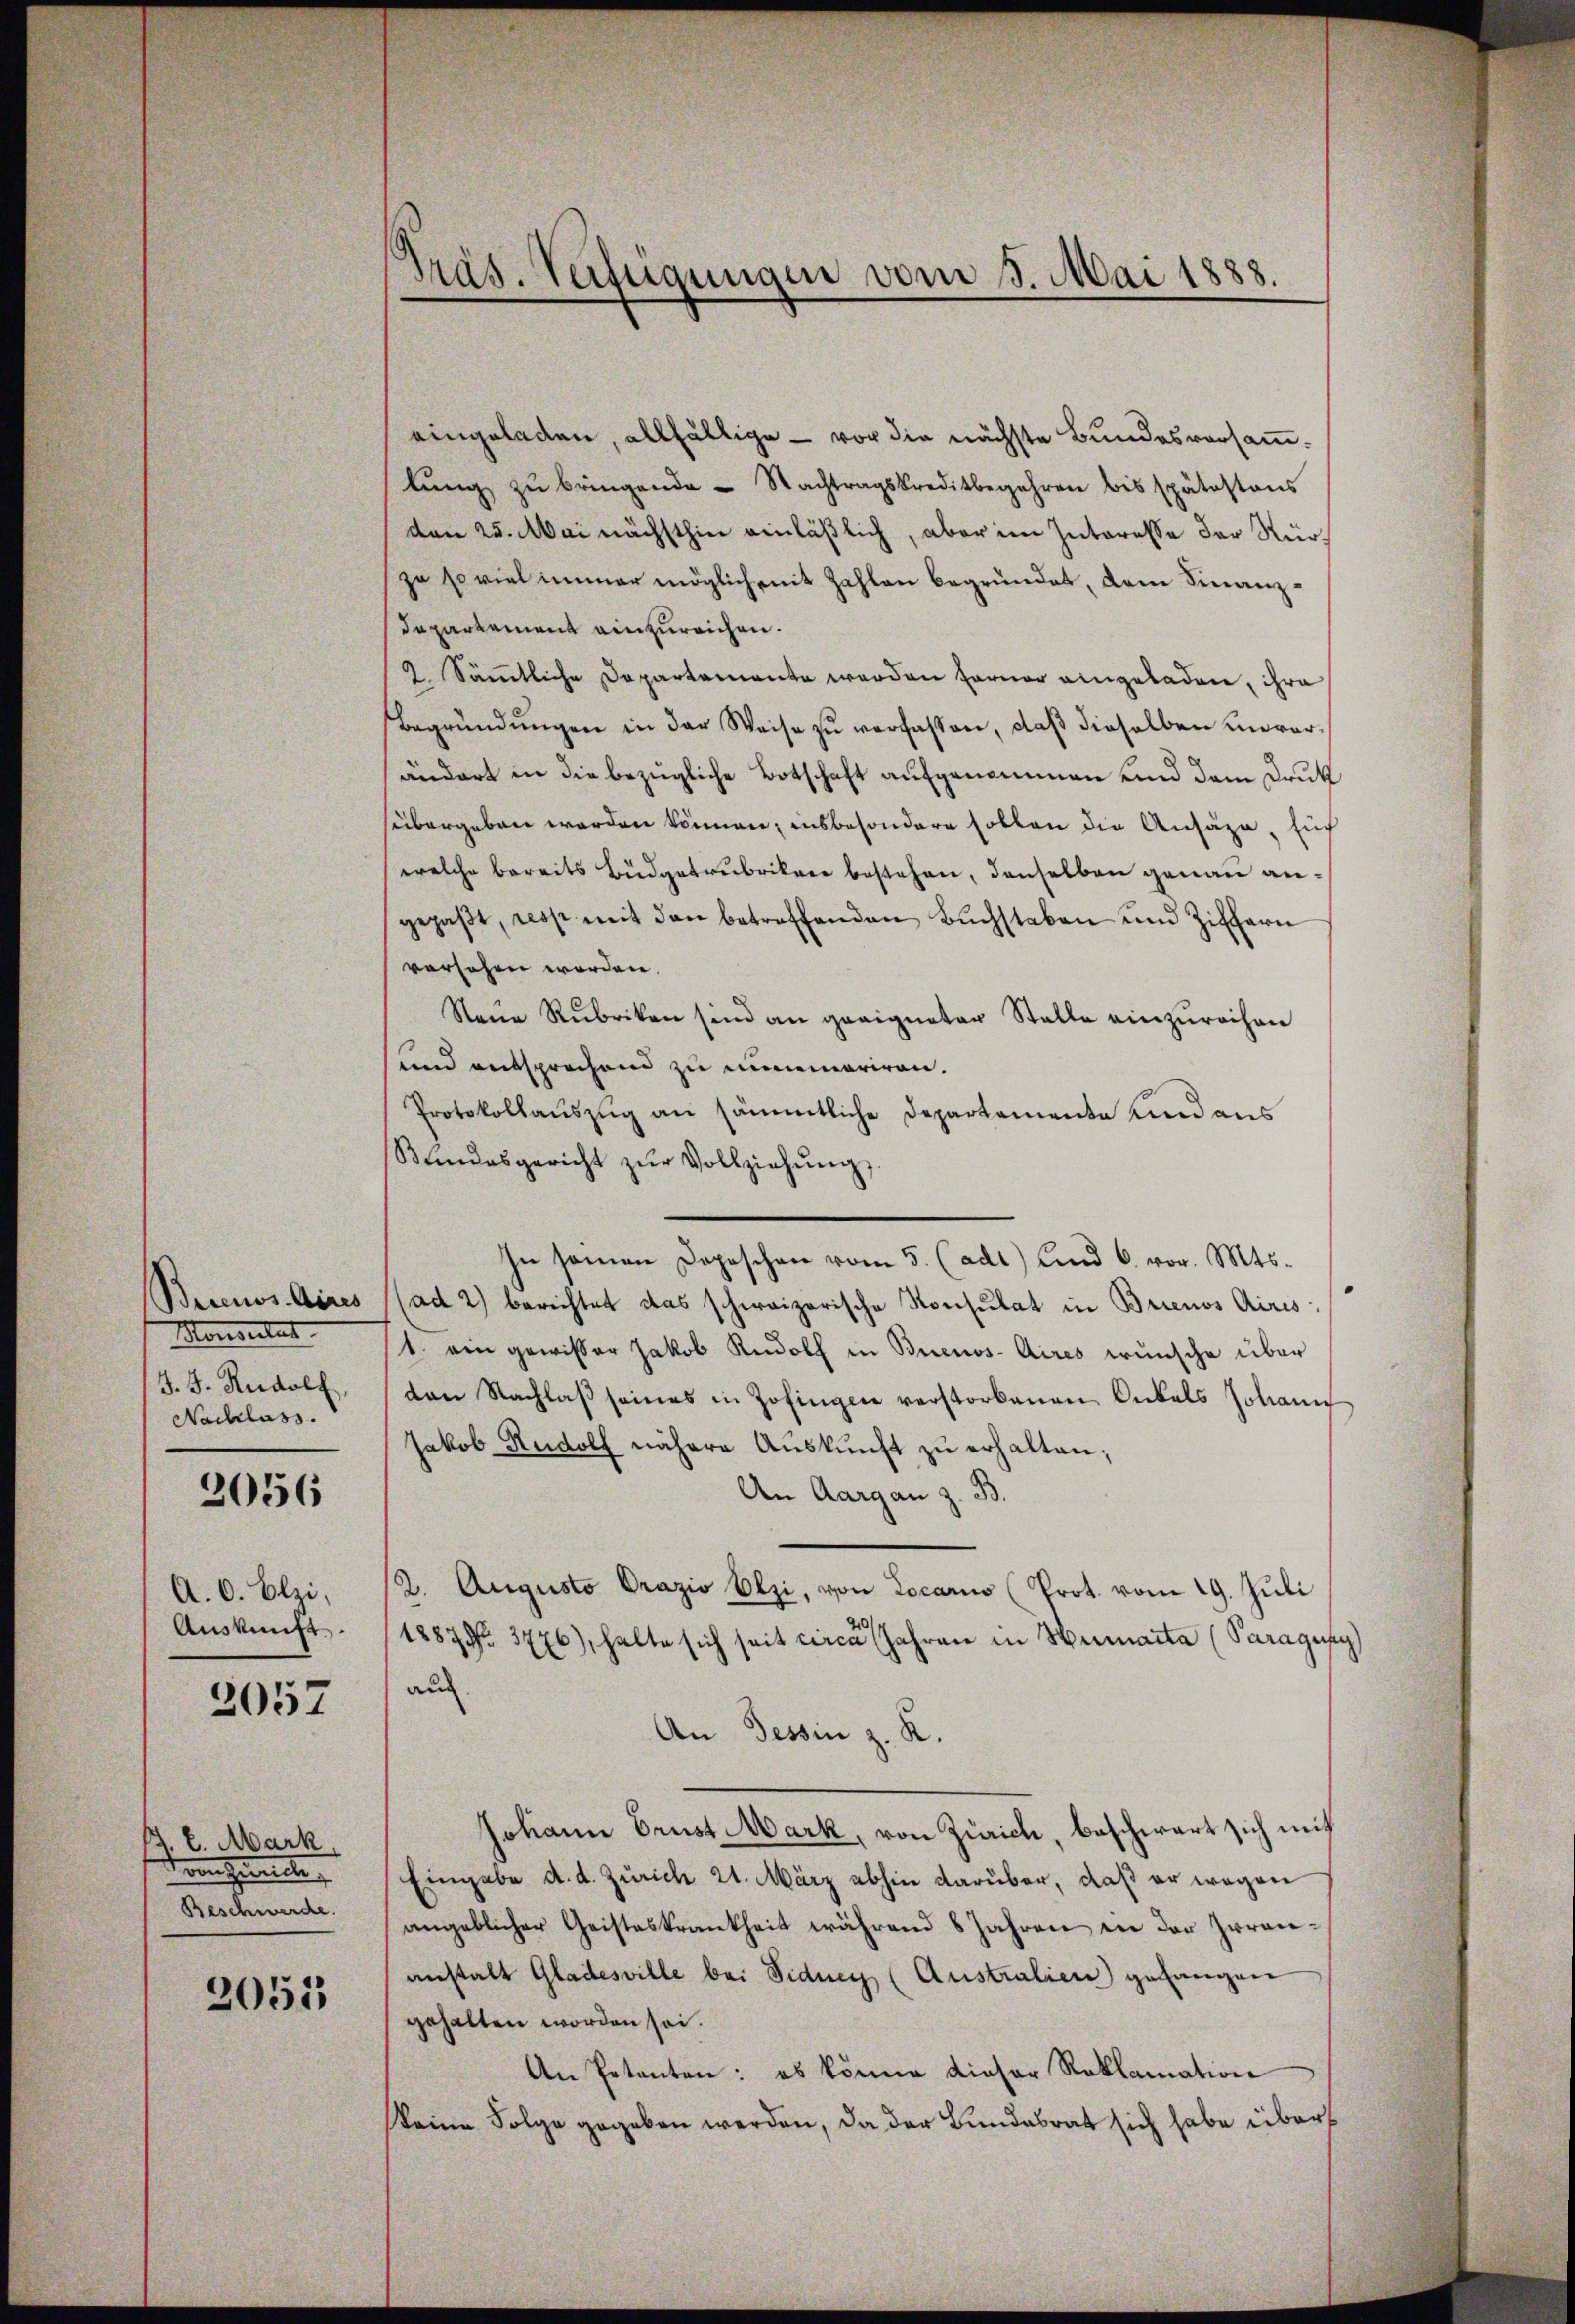
Monsulat
J. J. Rudolf,
Nachlass.

2056

A. C. Elzi,
Auskunft.

2057

l. Mark
Fonzurice,
Beschwerde.

2055

eingeladen, allfällige - vor die nächste Bundesversammlŭng zŭ bringende Nachtragskreditbegehren bis spätestens
den 25. Mai nächsthin einläßlich, aber im Interesse der Nürzu so viel immer möglich mit Zahlen begründet, dem Finanzdepartement einzureichen.
2 Sämmtliche Departemente werden ferner eingeladen, ihre
Begründŭngen in der Weise zŭ verfassen, daβ dieselben anorarändert in die bezügliche Botschaft aufgenommen und dem Druk
sübergeben werden können, insbesondere sollen die Ansäze, Euch
welche bereits Büdgetrubriken bestehen, denselben genau angepaβt, resp mit den betreffenden Buchstaben und Ziffern
vorsehen worden.
Neue Rubriken sind an geeigneter Stelle einzurechen
und entsprechend zu minemariren.
Protokollauszug an sämmtliche Departemente und aus
Bundesgericht zŭr Vollziehŭng
In seinen Depeschen vom 5. (adt) und 6. vor. Mts.
Becenos Aires (ad 2) berichtet das schweizerische Konsulat in Brienos Aires
t. ein gewisser Jakob Rudolf in Buenos-Aires wünsche über
den Nachlaβ seines in Zofingen verstorbenen Onkels Johann
Jakob Rudolf nähere Aŭskŭnft zŭ erhalten;
An Aargau z. B.
(2. Augusto Prazio Olzi, von Locarus (Prot. vom 19. Juli
1887 Nr. 3776), halte sich seit circa Jahren in Heimacta (Paragus
auch
An Tessin z. K.
Johann Brust Mark, von Zürich, beschwart sich mit
Eingabe d. d. Zürich 21. März abhin darüber, daß er wegen
angeblicher Geisteskrankheit während 8 Jahren in der Irrenanstalt Gladesville bei Sidney (Australien) gefangen
gehalten worden sei.
An Petenten: es könne dieser Reklamation
keine Folge gegeben werden, da der Bundesrat sich habe übers

Präs. Verfügungen vom 5. Mai 1888.